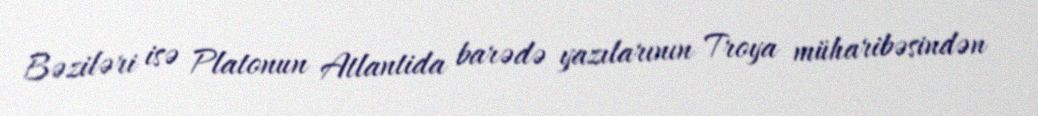
Bəziləri isə Platonun Atlantida barədə yazılarının Troya müharibəsindən